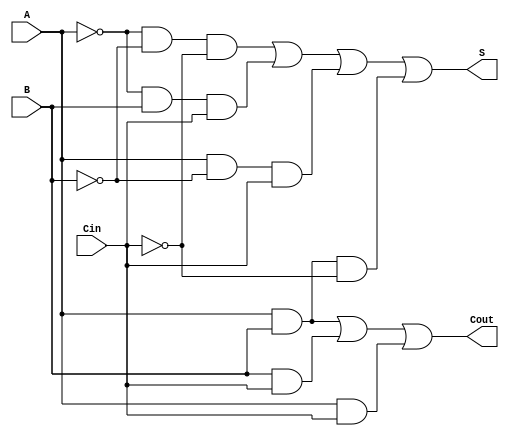
module NegativeFullAdder (
    input wire A,      // First input bit (negative logic)
    input wire B,      // Second input bit (negative logic)
    input wire Cin,    // Carry-in bit (negative logic)
    output wire S,     // Sum output bit (negative logic)
    output wire Cout    // Carry-out output bit (negative logic)
);

    // Internal signals for inverted inputs
    wire A_n, B_n, Cin_n;  // Inverted inputs

    // Inverting the inputs for negative logic
    assign A_n = ~A; 
    assign B_n = ~B; 
    assign Cin_n = ~Cin; 

    // Sum output calculation
    assign S = (A_n & B_n & Cin_n) | (A_n & B & Cin) | (A & B_n & Cin) | (A & B & Cin_n);

    // Carry-out output calculation
    assign Cout = (A & B) | (B & Cin) | (A & Cin);

endmodule